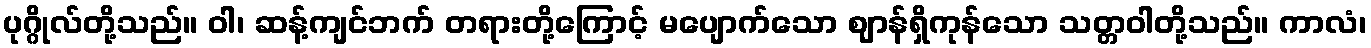
ပုဂ္ဂိုလ်တို့သည်။ ဝါ၊ ဆန့်ကျင်ဘက် တရားတို့ကြောင့် မပျောက်သော ဈာန်ရှိကုန်သော သတ္တဝါတို့သည်။ ကာလံ၊